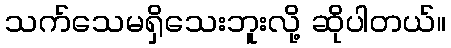
သက်သေမရှိသေးဘူးလို့ ဆိုပါတယ်။